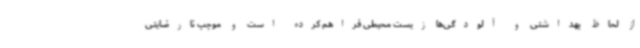
از لحاظ بهداشتی و آلودگی‌ها زیست محیطی فراهم کرده است و موجب نارضایتی